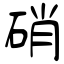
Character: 硝